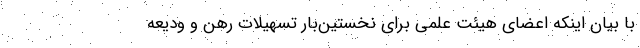
با بیان اینکه اعضای هیئت علمی برای نخستین‌بار تسهیلات رهن و ودیعه